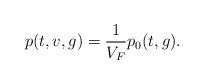
LaTeX: \begin{align*}p(t,v,g)=\frac{1}{V_F}p_0(t,g).\end{align*}